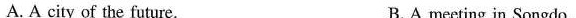
A. A city of the future. B.A meeting in Songdo.